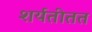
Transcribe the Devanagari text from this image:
शर्यतीतत